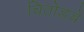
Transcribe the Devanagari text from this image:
चितोडचे